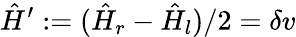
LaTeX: \hat{H}^{\prime}:=(\hat{H}_{r}-\hat{H}_{l})/2=\delta v